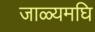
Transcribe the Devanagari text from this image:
जाळ्यमघि